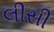
લીસી